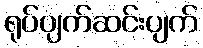
ရုပ်ပျက်ဆင်းပျက်